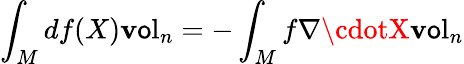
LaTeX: \int_{M}df(X)\operatorname{\mathbf{v}\mathsf{o}l}_{n}=-\int_{M}f\nabla\cdotX\operatorname{\mathbf{v}\mathsf{o}l}_{n}